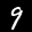
Label: 9